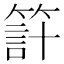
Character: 𥰇